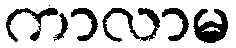
ကာလာမ